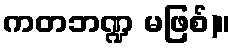
ကတဘဏ္ဍ မဖြစ်)။